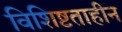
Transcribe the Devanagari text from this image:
विशिष्टताहीन